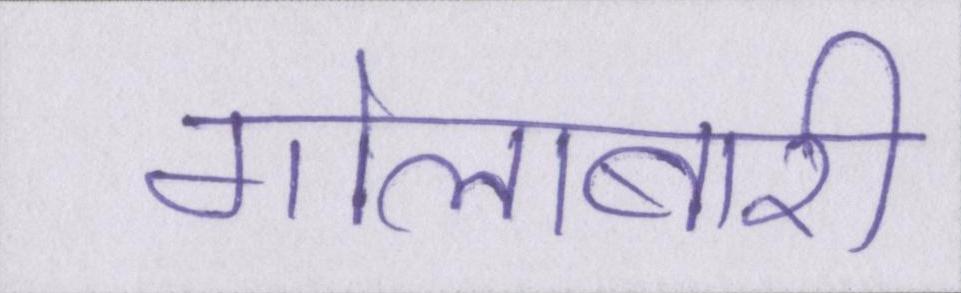
गोलाबारी